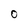
Character: 0